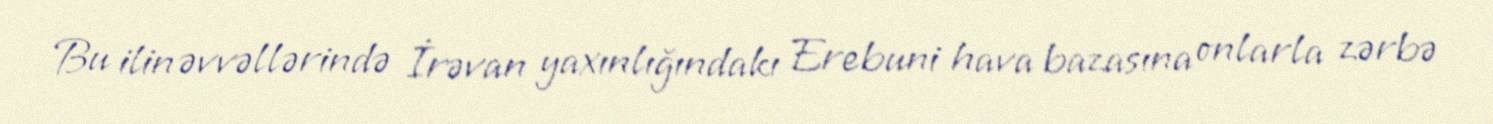
Bu ilin əvvəllərində İrəvan yaxınlığındakı Erebuni hava bazasına onlarla zərbə